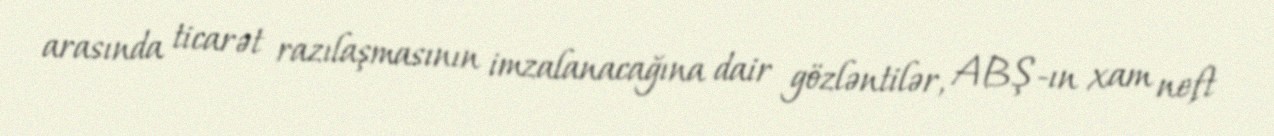
arasında ticarət razılaşmasının imzalanacağına dair gözləntilər, ABŞ-ın xam neft